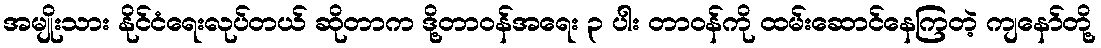
အမျိုးသား နိုင်ငံရေးလုပ်တယ် ဆိုတာက ဒို့တာဝန်အရေး ၃ ပါး တာဝန်ကို ထမ်းဆောင်နေကြတဲ့ ကျနော်တို့